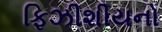
ફિઝીશીયનો